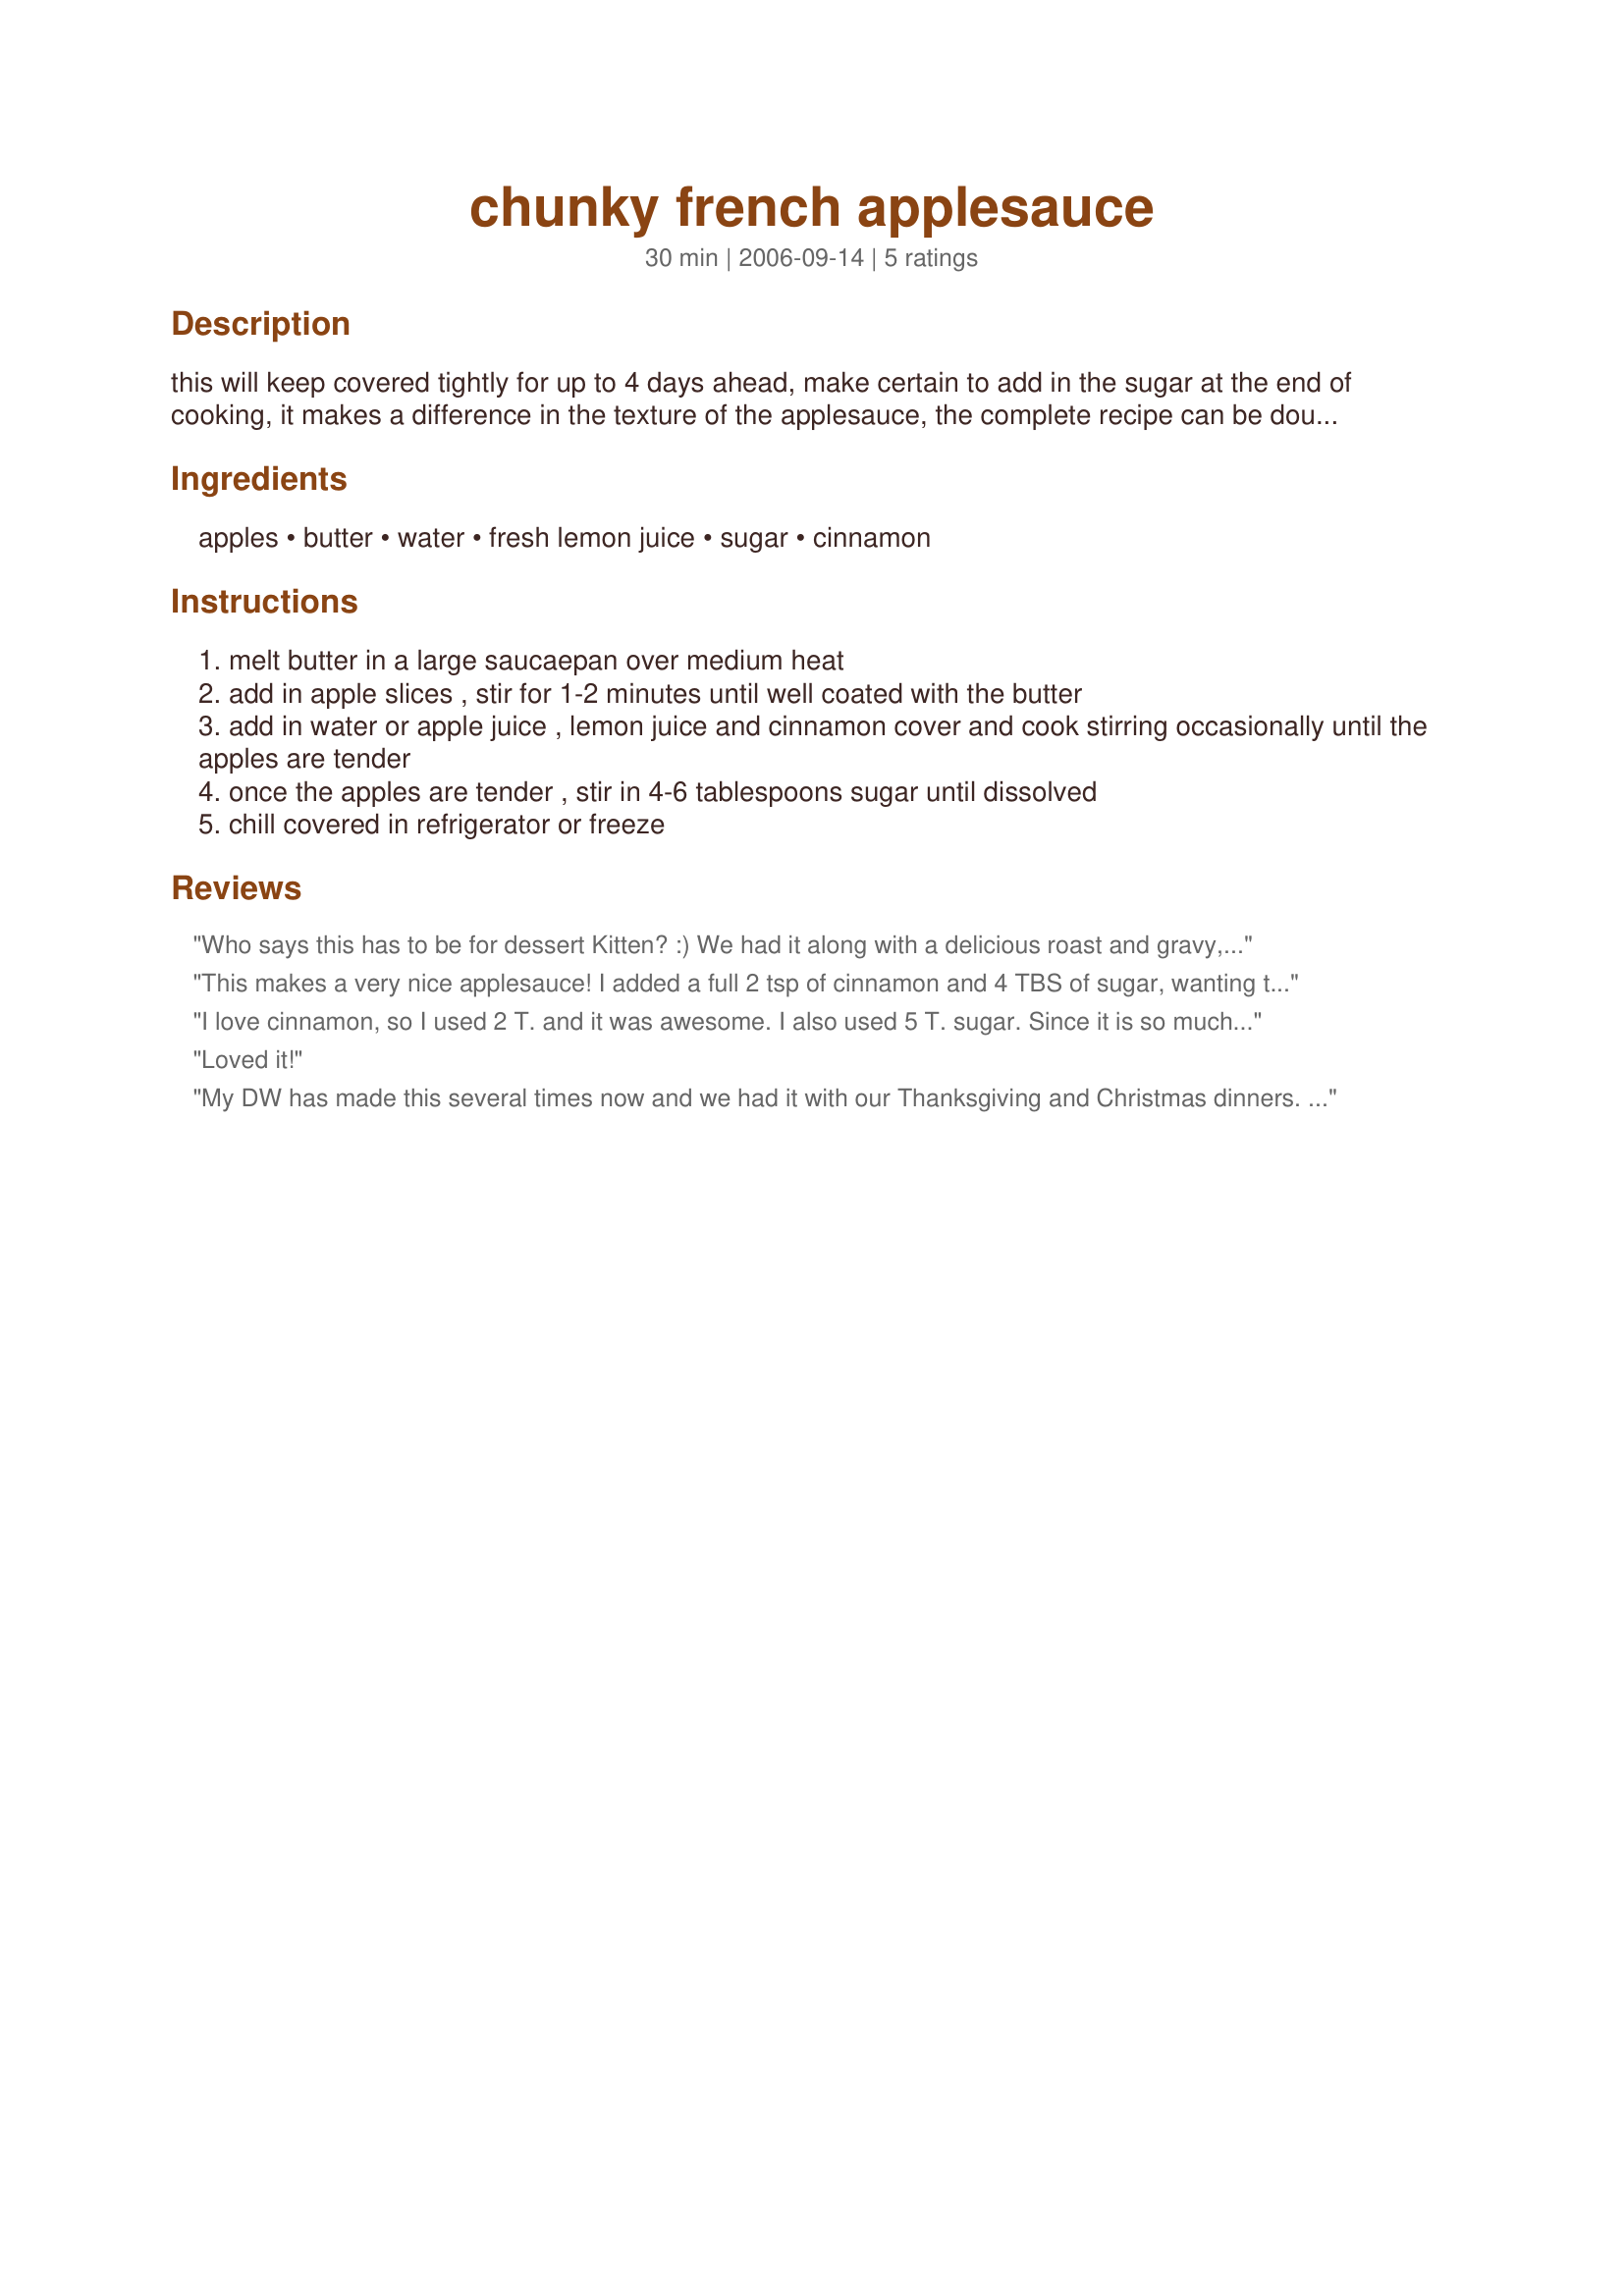
chunky french applesauce
Preparation time: 30 minutes

this will keep covered tightly for up to 4 days ahead, make certain to add in the sugar at the end of cooking, it makes a difference in the texture of the applesauce, the complete recipe can be doubled and the applesauce can be cooled and frozen in 1/2 - 1 cup plastic containers, this applesauce freeze well, use it in cakes and muffin recipes to add moistness, or simply as a dessert, it's much better than the store-bought and much cheaper too!. we love this sprinkled with brown sugar on top!

Ingredients:
apples, butter, water, fresh lemon juice, sugar, cinnamon

Steps:
melt butter in a large saucaepan over medium heat
add in apple slices , stir for 1-2 minutes until well coated with the butter
add in water or apple juice , lemon juice and cinnamon cover and cook stirring occasionally until the apples are tender
once the apples are tender , stir in 4-6 tablespoons sugar until dissolved
chill covered in refrigerator or freeze

Reviews:
Who says this has to be for dessert Kitten? :) We had it along with a delicious roast and gravy, garlic mashed potatoes, lemon glazed carrots, coleslaw and quick rolls. This was like the icing on the cake, and really sent the whole dinner to a new level on our plates. So so delicious! We ate a lot of it, as we ate our dinner. My DD had 3 helpings and wanted more! Good thing I doubled the recipe. Thanks Kitten!
This makes a very nice applesauce! I added a full 2 tsp of cinnamon and 4 TBS of sugar, wanting to serve this with supper rather than having it as a dessert dish. I needed to cook my apples a bit longer than the 25 minutes and given by the directions and also needed to stir frequently for them to get saucy rather than whole. Wonderful flavor and a simple recipe! Thanks, Kitten!
I love cinnamon, so I used 2 T. and it was awesome. I also used 5 T. sugar. Since it is so much cheaper to make my own, I will be using this recipe from now on! It's a great one!
Loved it!
My DW has made this several times now and we had it with our Thanksgiving and Christmas dinners. So good with pork roast too! She went heavy on the cinnamon and sugar to make it really flavorful and sweet. It doesn't take long to make it and the results are so worth it! This is now a staple in our house. It's especially good cold out of the fridge!
